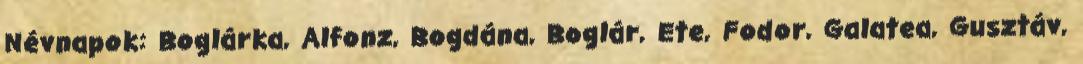
Névnapok: Boglárka, Alfonz, Bogdána, Boglár, Ete, Fodor, Galatea, Gusztáv,